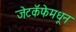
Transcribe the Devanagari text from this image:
जेटकॅफेमधून